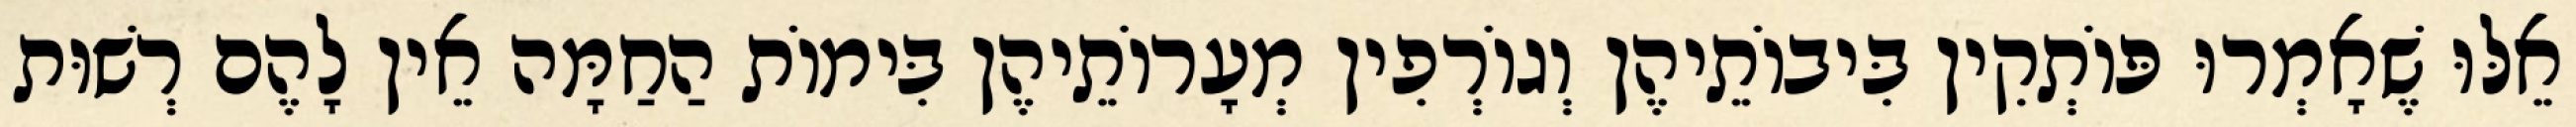
אֵלּוּ שֶׁאָמְרוּ פּוֹתְקִין בִּיבוֹתֵיהֶן וְגוֹרְפִין מְעָרוֹתֵיהֶן בִּימוֹת הַחַמָּה אֵין לָהֶם רְשׁוּת